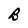
Character: B